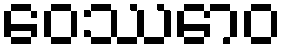
ဝေဿောဝ